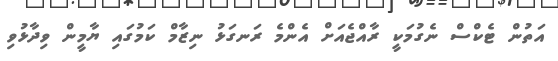
އަތުން ޓެކްސް ނެގުމަކީ ރާއްޖެއަށް އެންމެ ރަނގަޅު ނިޒާމް ކަމުގައި ޔާމީން ވިދާޅުވި